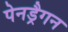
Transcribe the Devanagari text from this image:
पेनड्रैगन